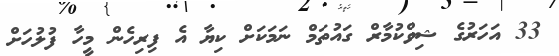
33 އަހަރުގެ ޝިވްކުމާރް ގައުތަމް ނަމަކަށް ކިޔާ އެ ފިރިހެން މީހާ ފުލުހަށް